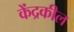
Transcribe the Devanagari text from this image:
केंद्रकील